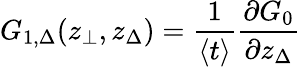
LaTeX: G_{1,\Delta}(z_{\bot},z_{\Delta})=\frac{1}{\langle t\rangle}\frac{\partial G_{0}}{\partial z_{\Delta}}